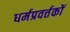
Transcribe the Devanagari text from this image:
धर्मप्रवर्त्तकों